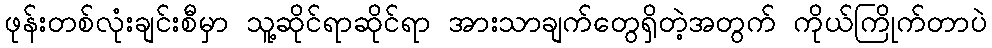
ဖုန်းတစ်လုံးချင်းစီမှာ သူ့ဆိုင်ရာဆိုင်ရာ အားသာချက်တွေရှိတဲ့အတွက် ကိုယ်ကြိုက်တာပဲ